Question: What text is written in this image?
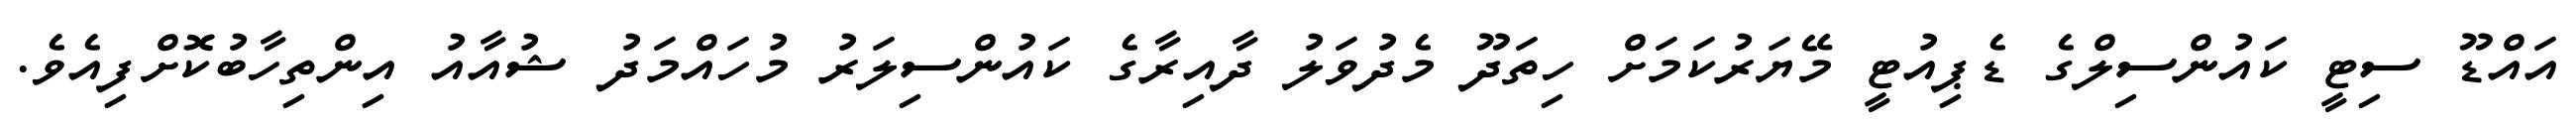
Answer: އައްޑޫ ސިޓީ ކައުންސިލްގެ ޑެޕިއުޓީ މޭޔަރުކަމަށް ހިތަދޫ މެދުވަލު ދާއިރާގެ ކައުންސިލަރު މުހައްމަދު ޝުއާއު އިންތިހާބުކޮށްފިއެވެ.